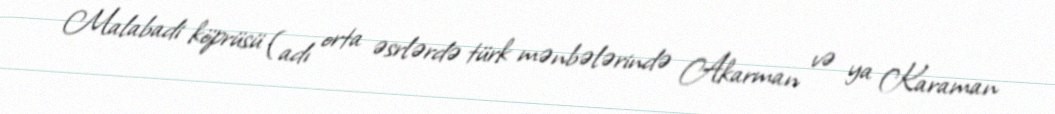
Malabadi köprüsü (adı orta əsrlərdə türk mənbələrində Akarman və ya Karaman